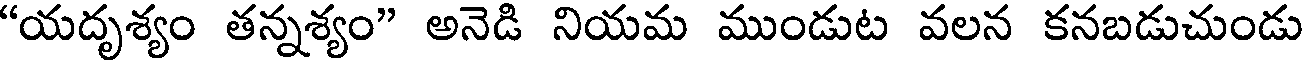
"యదృశ్యం తన్నశ్యం" అనెడి నియమ ముండుట వలన కనబడుచుండు